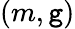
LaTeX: (m,\mathtt{g})